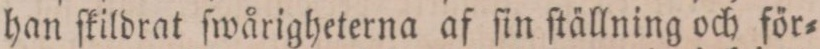
han ſkildrat ſwårigheterna af ſin ſtällning och för=